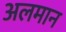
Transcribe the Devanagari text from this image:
अलमान